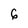
Character: 6